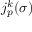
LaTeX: j _ { p } ^ { k } ( \sigma )